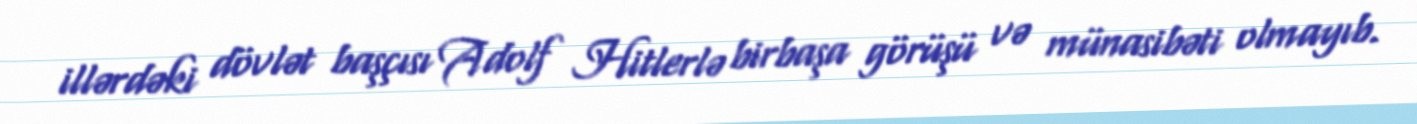
illərdəki dövlət başçısı Adolf Hitlerlə birbaşa görüşü və münasibəti olmayıb.